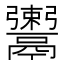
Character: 𩱖